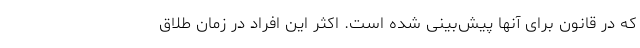
که در قانون برای آنها پیش‌بینی شده است. اکثر این افراد در زمان طلاق